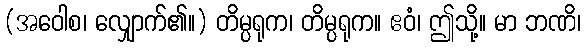
(အဝေါစ၊ လျှောက်၏။) တိမ္ပရုက၊ တိမ္ပရုက။ ဧဝံ၊ ဤသို့။ မာ ဘဏိ၊